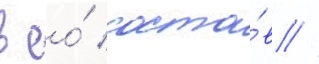
в ео́ соста́в //